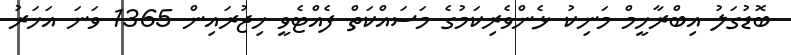
ބޮޑުގަލު އިބްރާހީމް މަނިކު ޅެންވެރިކަމުގެ މަސައްކަތް ފެއްޓެވީ ހިޖުރައިން 1365 ވަނަ އަހަރު